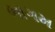
ભાગમ